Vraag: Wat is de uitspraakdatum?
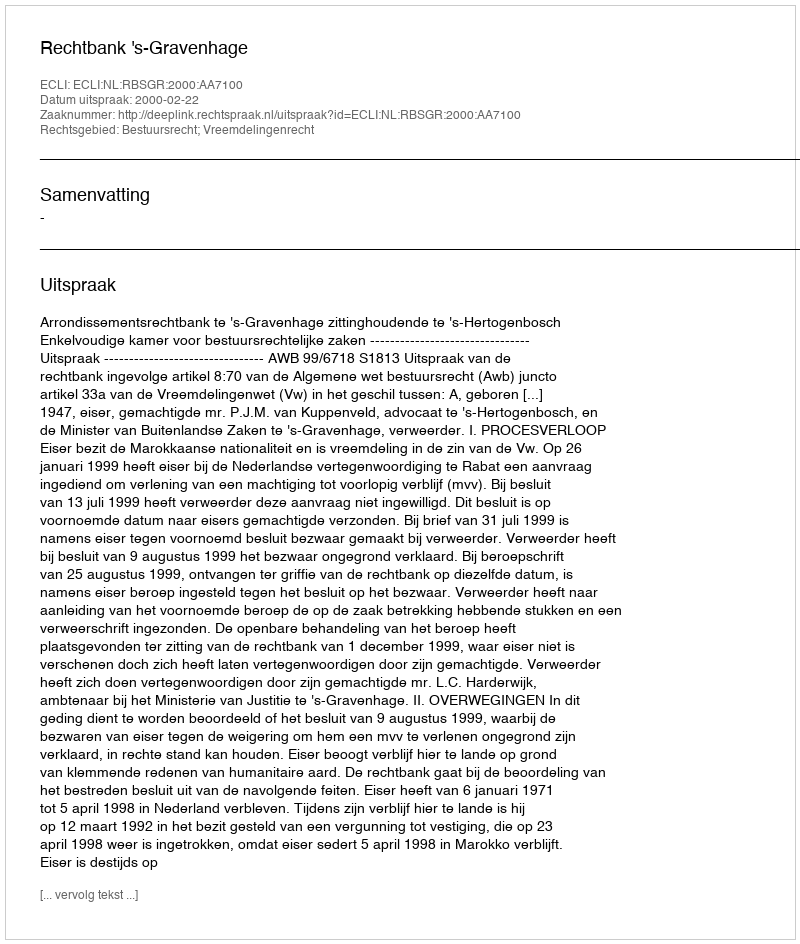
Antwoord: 2000-02-22